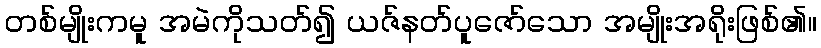
တစ်မျိုးကမူ အမဲကိုသတ်၍ ယဇ်နတ်ပူဇော်သော အမျိုးအရိုးဖြစ်၏။